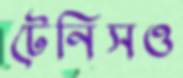
টেনিসও